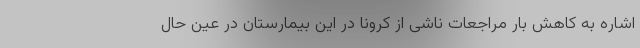
اشاره به کاهش بار مراجعات ناشی از کرونا در این بیمارستان در عین حال